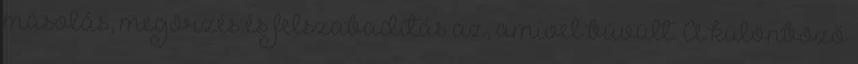
másolás, megörzés és felszabadítás az, amivel bűvült. A különböző